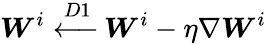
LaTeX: \boldsymbol{W}^{i}\xleftarrow{D1}\boldsymbol{W}^{i}-\eta\nabla\boldsymbol{W}^{i}